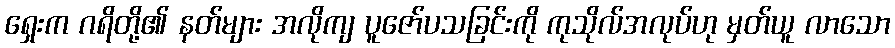
ရှေးက ဂရိတို့၏ နတ်များ အလိုကျ ပူဇော်ပသခြင်းကို ကုသိုလ်အလုပ်ဟု မှတ်ယူ လာသော